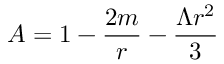
A = 1 - \frac { 2 m } { r } - \frac { \Lambda r ^ { 2 } } { 3 }